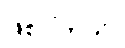
ဖြစ်ပါတယ်။